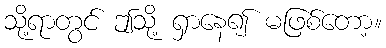
သို့ရာတွင် ဤသို့ ရှာနေ၍ မဖြစ်တော့။